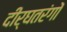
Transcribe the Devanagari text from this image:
दीर्घतरंगों